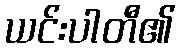
ယင်းပါတီ၏